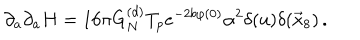
LaTeX: \partial _ { a } \partial _ { a } H = 1 6 \pi G _ { N } ^ { ( d ) } T _ { p } e ^ { - 2 b \varphi ( 0 ) } \alpha ^ { 2 } \delta ( u ) \delta ( \vec { x } _ { 8 } ) \, .